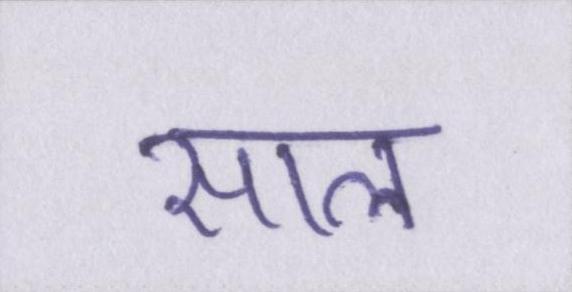
साल